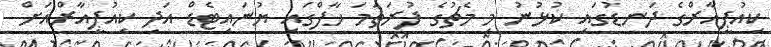
ކިއުޕީއާރްގެ ދަނޑުގައި ކުޅުނު މި މެޗުގެ ފުރަތަމަ ހާފްގައި ޔުނައިޓެޑް އަދި ކިއުޕީއާރްއަށް